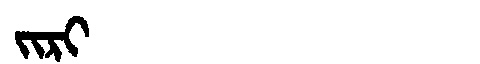
Manchu: ᠵᡳᡵᡳ
Romanization: JIRI